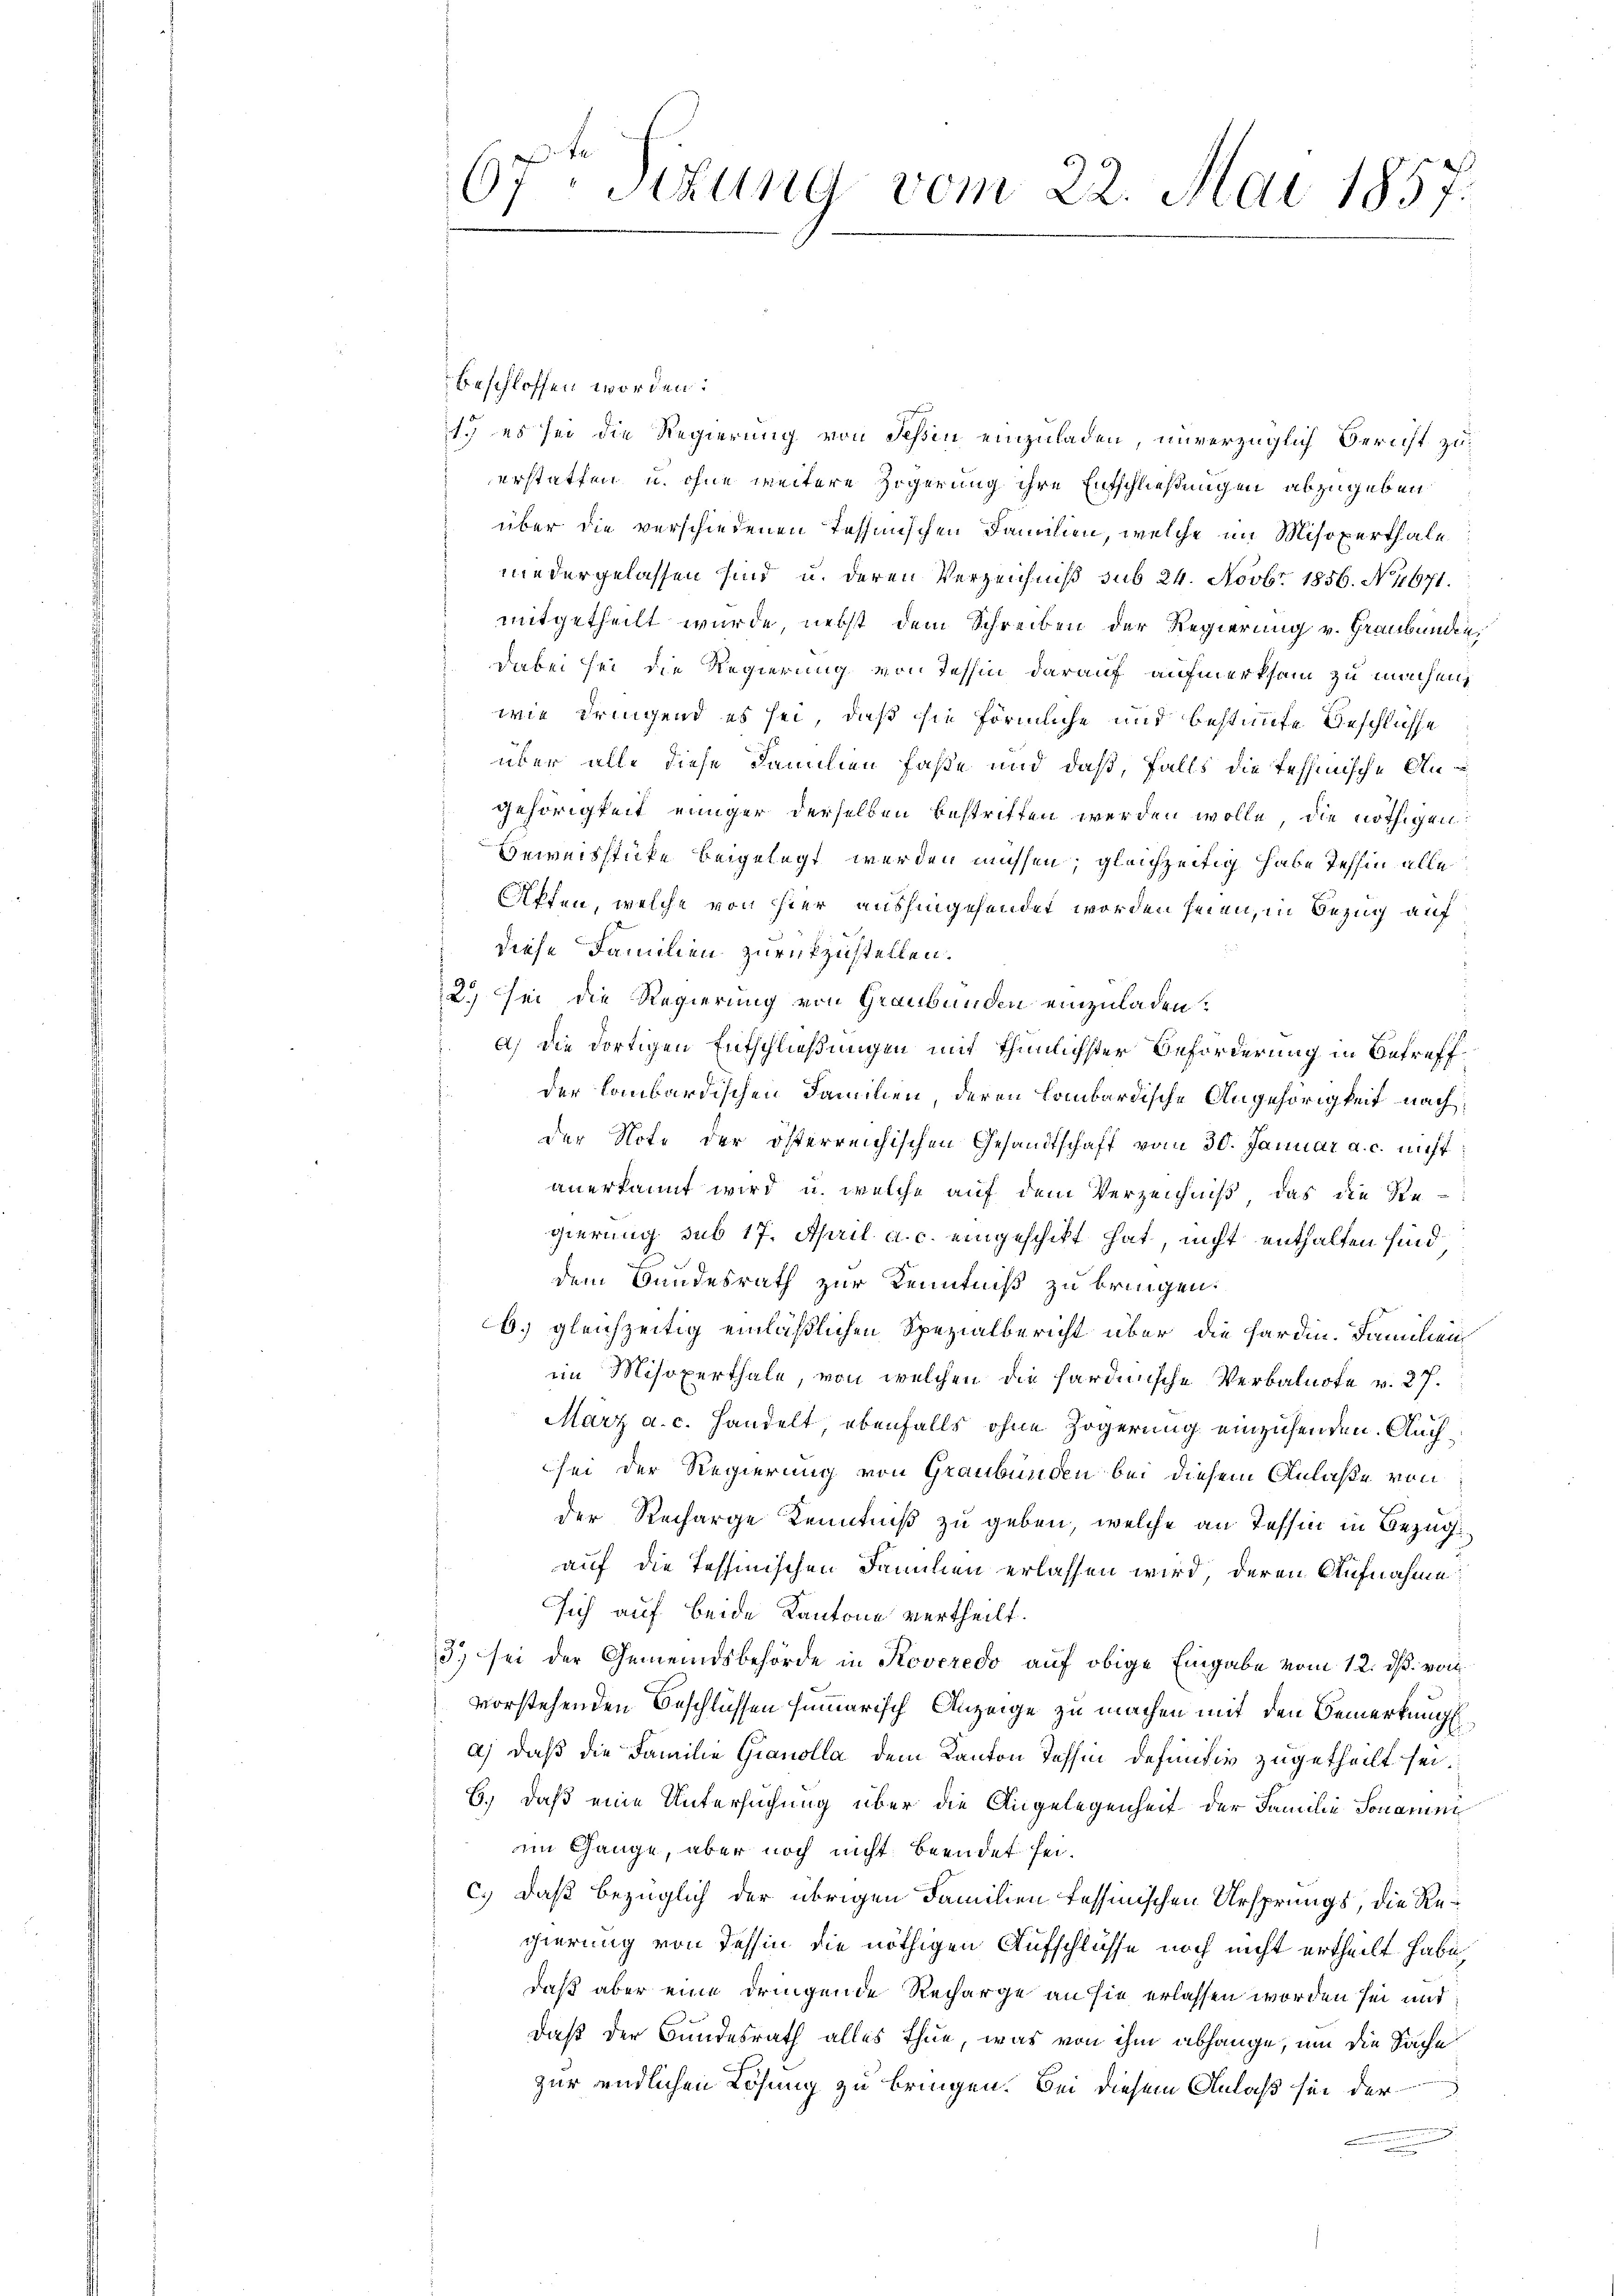
67ten Sizung vom 22. Mai 1857.

beschlossen worden.
1.) es sei die Regierung von Schin einzuladen, unverzüglich Bericht zu
erstatten u. ohne weitere Zögerung ihre Entschließungen abzugeben
über die verschiedenen Tessinischen Familien, welche im Misoxerthale
niedergelassen sind u. deren Verzeichnis sub 24. Novbr. 1856. No 11671.
mitgetheilt wurde, nebst dem Schreiben der Regierung v. Graubünden,
Dabei sei die Regierung von Tessin darauf aufmerksam zu machen,
wie dringend es sei, daß sie förmliche und bestimmte Geschlüsse
über alle diese Familien fasse und daß, falls die Tessinische Angehörigkeit einiger derselben bestritten werden wolle, die nöthigen
Beweisstücke beigelegt werden müssen; gleichzeitig habe Tessin alle
Affen, welche von hier aushingehendet worden seien, in Bezug auf
diese Familien zurückzustellen.
2.) Sei die Regierung von Graubünden einzuladen.
a) Die dortigen Entschließungen mit thunlichster Beförderung in Betreffder Lombardischen Familien, deren Lombardische Angehörigkeit nach
der Note der österreichischen Gesandtschaft vom 30. Januar a. c. nicht
anerkannt wird, u. welche auf dem Verzeichniß, das die Ste-
gierung sub 17. April a. c. eingeschikt hat, nicht enthalten sind
dem Bundesrath zur Kenntniß zu bringen.
b) gleichzeitig einläßlichen Spezialbericht über die Fardin. Familien
im Misoxerthale, von welchen die hardinische Verbalnote v. 27.
Marz a. c. handelt ebenfalls ohne Zögerung einzusenden. Auch
sei der Regierung von Graubünden bei diesem Anlaße von
der Recharge Kenntniß zu geben, welche an Tessin in Bezug
auf die Tessinischen Familien erlassen wird, deren Aufnahme:
sich auf beide Kantone vertheilt.
3) sei der Gemeindsbehörde in Koveredo auf obige Eingabe vom 12. ds. von
vorstehenden Beschlüssen summarisch Anzeige zu machen mit den Bemerkung
a) daß die Familie Gianolla dem Kanton Tessin definitiv zugetheilt sei.
6.) Daß eine Untersuchung über die Angelegenheit der Familie Sonamen
im Gange, aber noch nicht beendet sei.
c.) Daß bezüglich der übrigen Familien fessinischen Ursprungs, die Regierung von Tessin die nöthigen Aufschlüsse noch nicht ertheilt habe,
daß aber eine dringende Recharge an sie erlassen worden sei und
daß der Bundesrath alles thue, was von ihm abhänge, um die Sache
zur endlichen Lösung zu bringen. Bei diesem Anlaß sei der